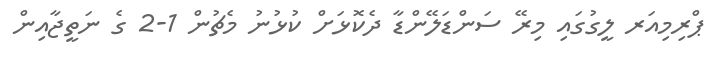
ޕްރިމިއަރ ލީގުގައި މިރޭ ސަންޑަލޭންޑާ ދެކޮޅަށް ކުޅުނު މެޗުން 1-2 ގެ ނަތީޖާއިން